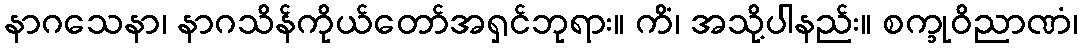
နာဂသေနာ၊ နာဂသိန်ကိုယ်တော်အရှင်ဘုရား။ ကိံ၊ အသို့ပါနည်း။ စက္ခုဝိညာဏံ၊